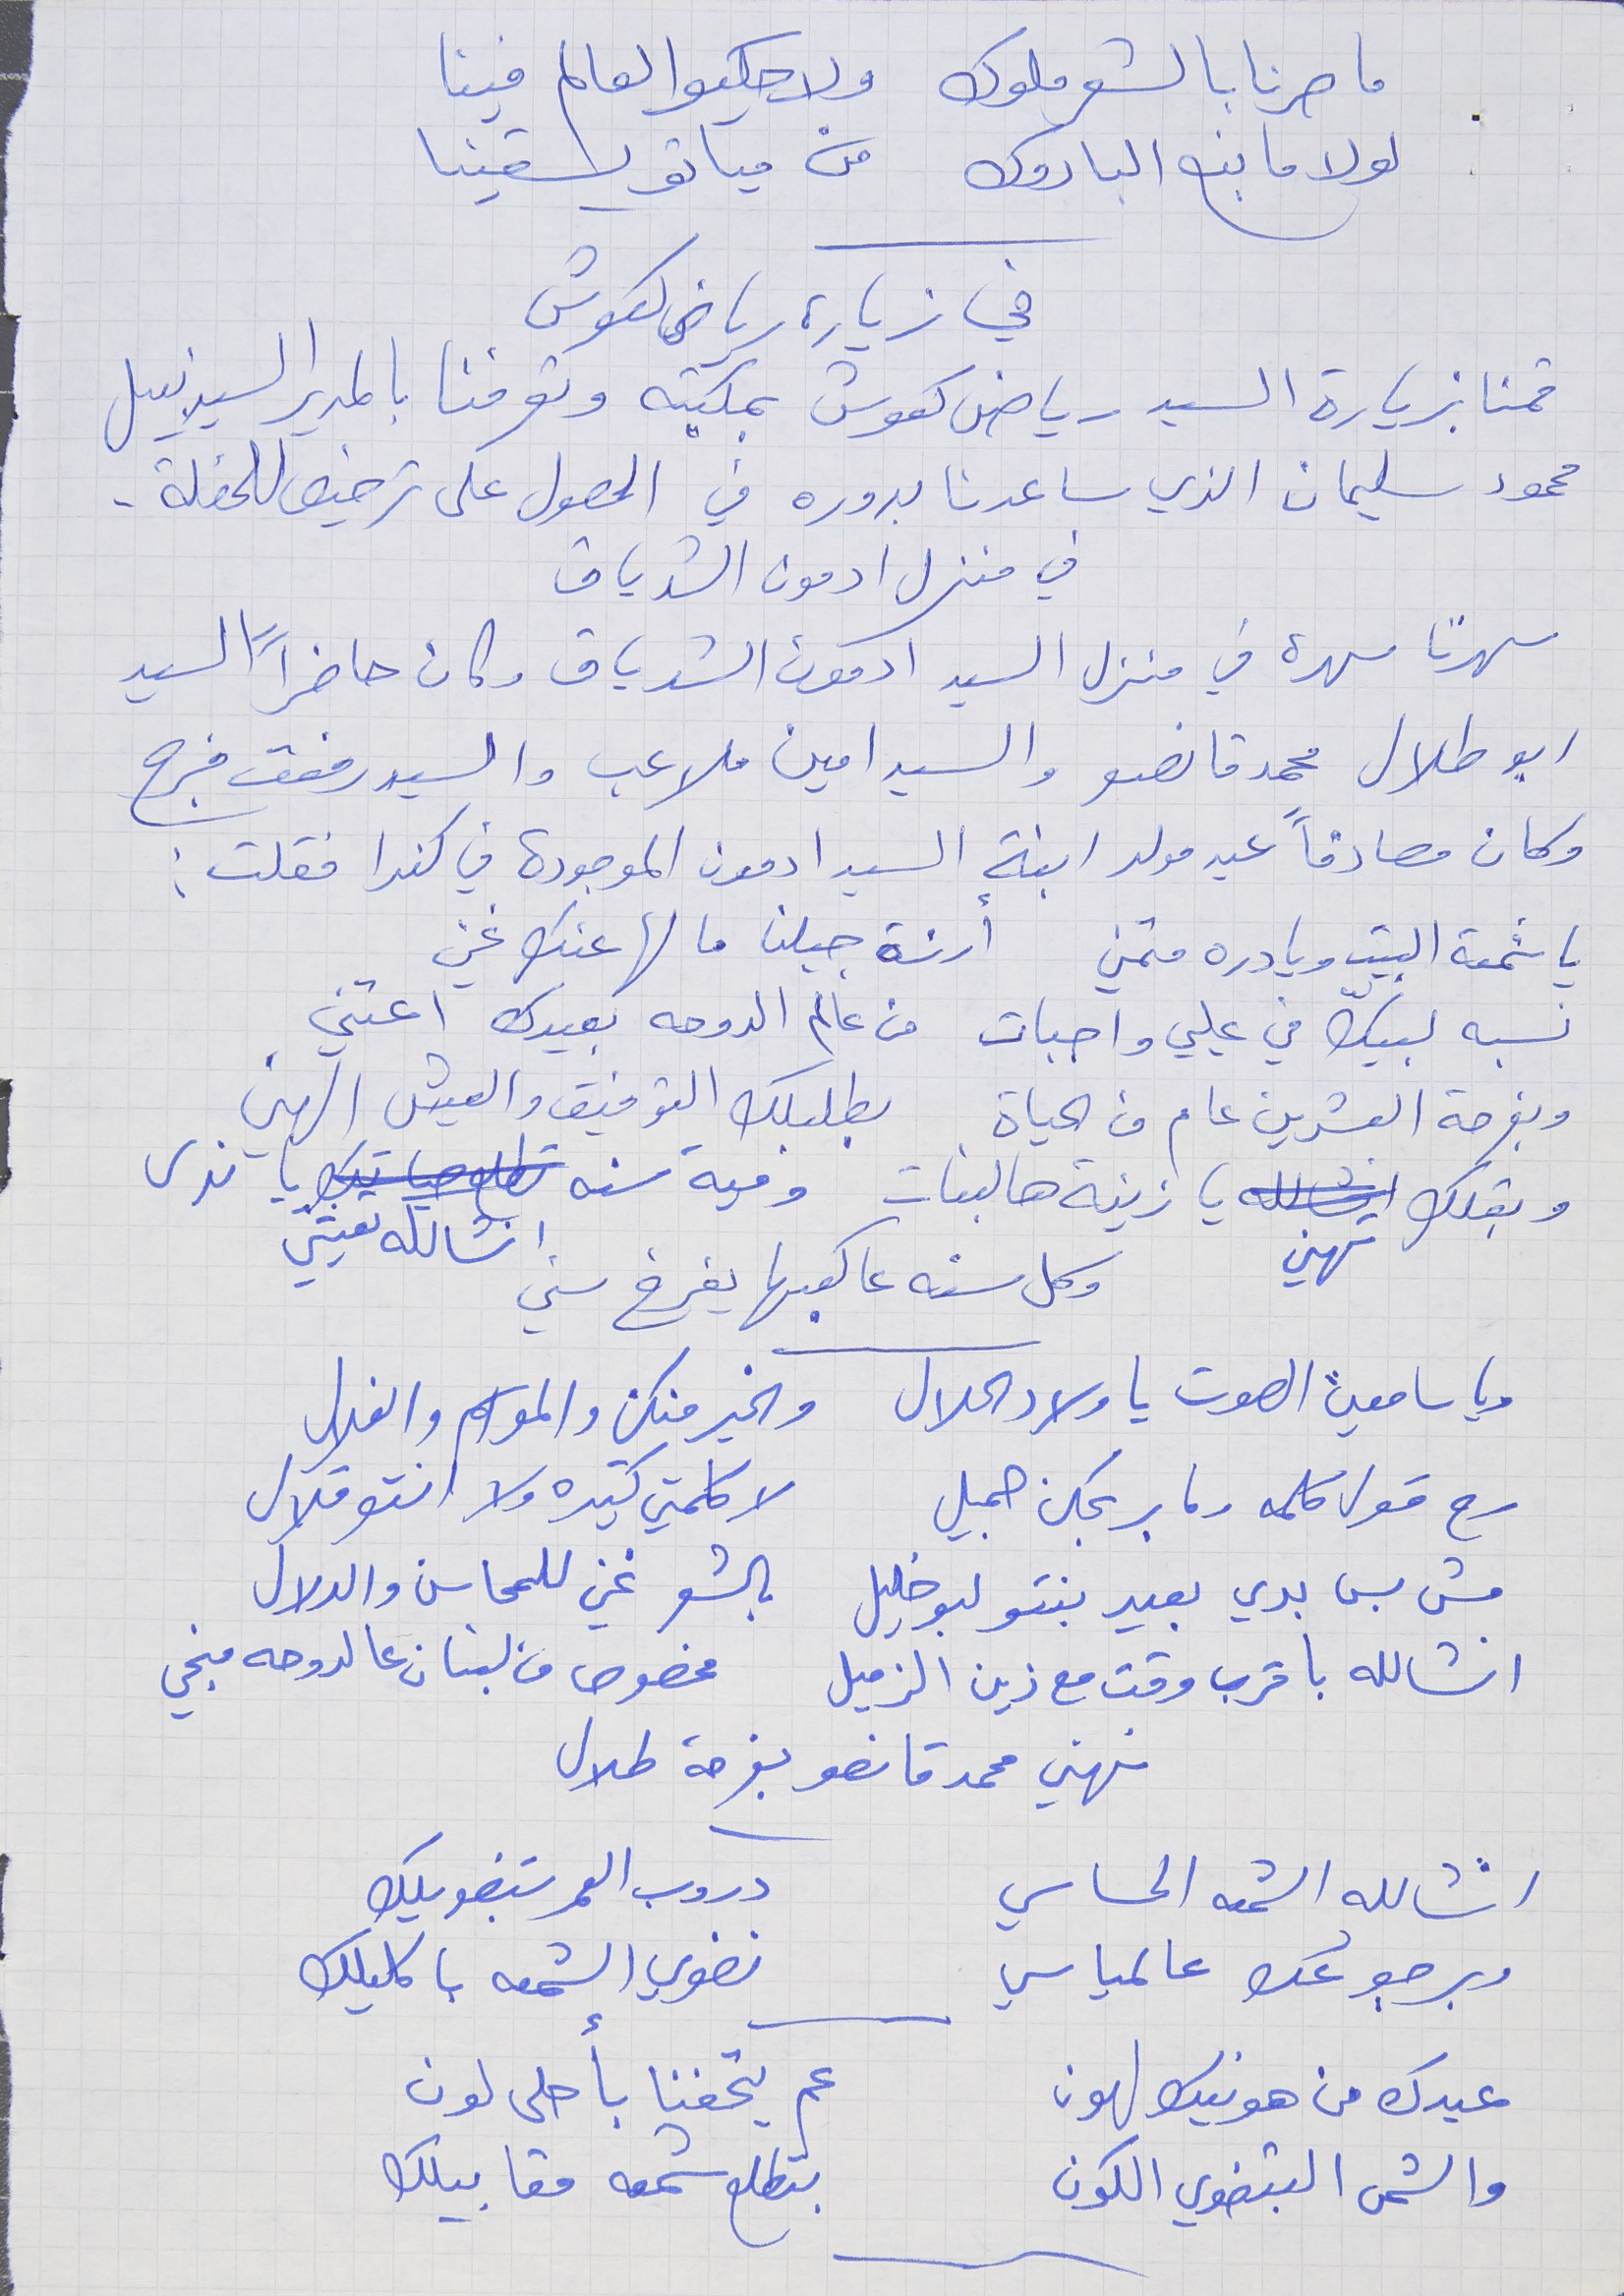
ما صرنا بالشعر ملوك     ولا حكيو العالم فينا
 لولا ما نبع الباروك     من مياتو يسقينا
   في زيارة رياض كعوش
قمنا بزيارة السيد رياض كعوش بمكتبه وتعرفنا بالمدير السيد نبيل
محمود سليمان الذي ساعدنا بدوره في الحصول على ترخيص للحفلة.
 في منزل ادمون الشدياق
سهرنا سهرة في منزل السيد ادمون الشدياق وكان حاضراً السيد
ابو طلال محمد قانصو والسيد امين ملاعب والسيد رفعت فرج
وكان مصادفاً عيد مولد ابنة السيد ادمون الموجودة في كندا فقلت :
يا شمعة البيت ويا دره متمني     ارزة جبلنا ما لها عنك غني
نسبه لبيّك في عليي واجبات      من عالم الدوحه بعيدك اعتني
وبفرحة العشرين عام من الحياة     بطلبلك التوفيق والعيش الهني
وبقلك تهني يا زينة هالبنات     ومية سنه انشالله تعيشي يا ندى
ويا سامعين الصوت يا ولاد الحلال     والخير منكن والمواسم والغلال
رح قول كلمه وما بربحكن جميل     لا كلمتي كتيره ولا انتو قلال
 مش بس بدي بعيد بنتو لبو خليل      بالشعر غني للمحاسن والدلال
انشالله باقرب وقت مع زين الزميل     مخصوص من لبنان عالدوحه بنجي
نهني محمد قانصو بفرحة طلال
انشالله الشمعه الحساسي          دروب العمر بتضويلك
وبرجوعك عالمياسي     نضوي الشمعه باكليلك
عيدك من هونيك لهون      عم يتحفنا باحلى لون
 والشمس البتضوي الكون     بتطلع شمعه مقابيلك
وكل سنه عا كعبها يفرخ سني